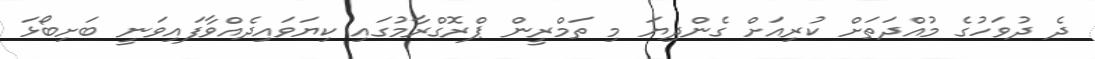
ދެ ދުވަހުގެ މުއްދަތަށް ކުރިއަށް ގެންދިޔަ މި ތަމްރީން ޕްރޮގްރާމުގައި ކިޔަވައިދެއްވާފައިވަނީ ބަށިބޯޅަ